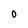
Character: D